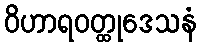
ဝိဟာရဝတ္ထုဒေသနံ